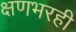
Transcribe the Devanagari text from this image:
क्षणभरही